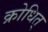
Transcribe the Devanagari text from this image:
क्रोधित्